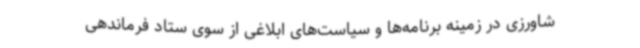
شاورزی در زمینه برنامه‌ها و سیاست‌های ابلاغی از سوی ستاد فرماندهی